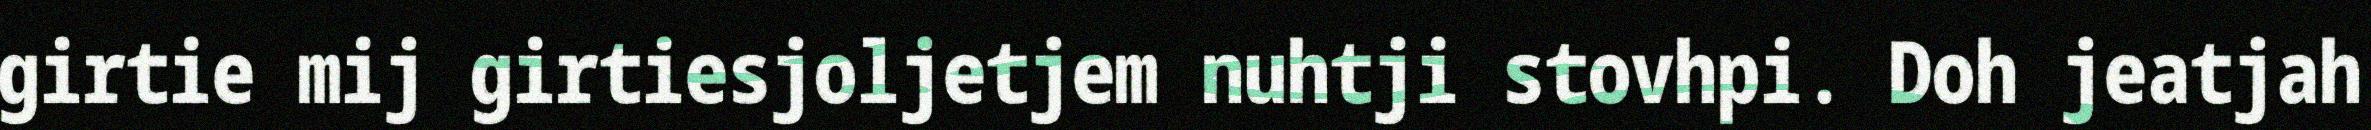
girtie mij girtiesjoljetjem nuhtji stovhpi. Doh jeatjah